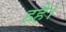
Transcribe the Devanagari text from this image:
हहै।